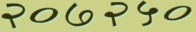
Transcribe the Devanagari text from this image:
२०७२५०